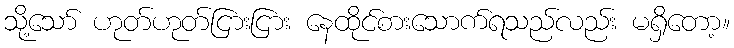
သို့သော် ဟုတ်ဟုတ်ငြားငြား နေထိုင်စားသောက်ရသည်လည်း မရှိတော့။